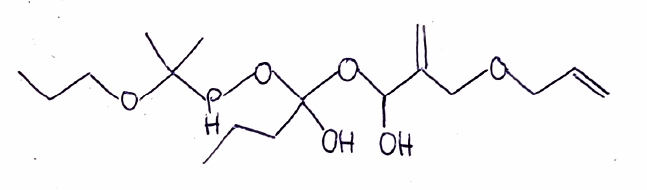
Simplified molecular-input line-entry system (SMILES) notation of the given molecule:
CCCC(O)(OC(C(=C)COCC=C)O)OPC(C)(C)OCCC